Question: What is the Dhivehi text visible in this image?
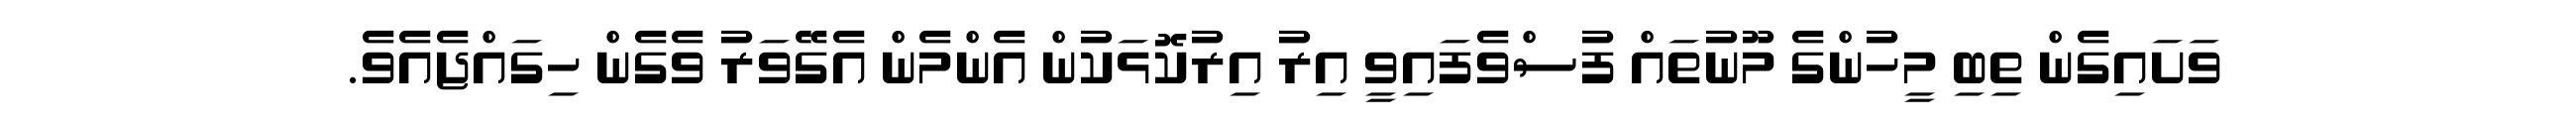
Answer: ވަށައިގެން ތިބި މީހުންގެ މޫނުތައް ފުސްވެފައިވީ އިރު އިރުކޮޅަކުން އެންމެން އެގޭވަރު ވެގެން ހިގައްޖެއެވެ.